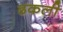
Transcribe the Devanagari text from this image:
ढकली